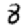
Digit: 8